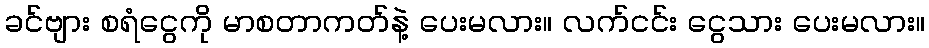
ခင်ဗျား စရံငွေကို မာစတာကတ်နဲ့ ပေးမလား။ လက်ငင်း ငွေသား ပေးမလား။